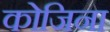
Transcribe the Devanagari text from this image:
कोजिना